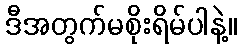
ဒီအတွက်မစိုးရိမ်ပါနဲ့။